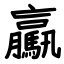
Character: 驘